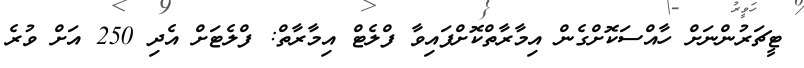
ޓީޗަރުންނަށް ހާއްސަކޮށްގެން އިމާރާތްކޮށްފައިވާ ފްލެޓް އިމާރާތް: ފްލެޓަށް އެދި 250 އަށް ވުރެ